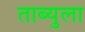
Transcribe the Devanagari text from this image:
ताब्युला